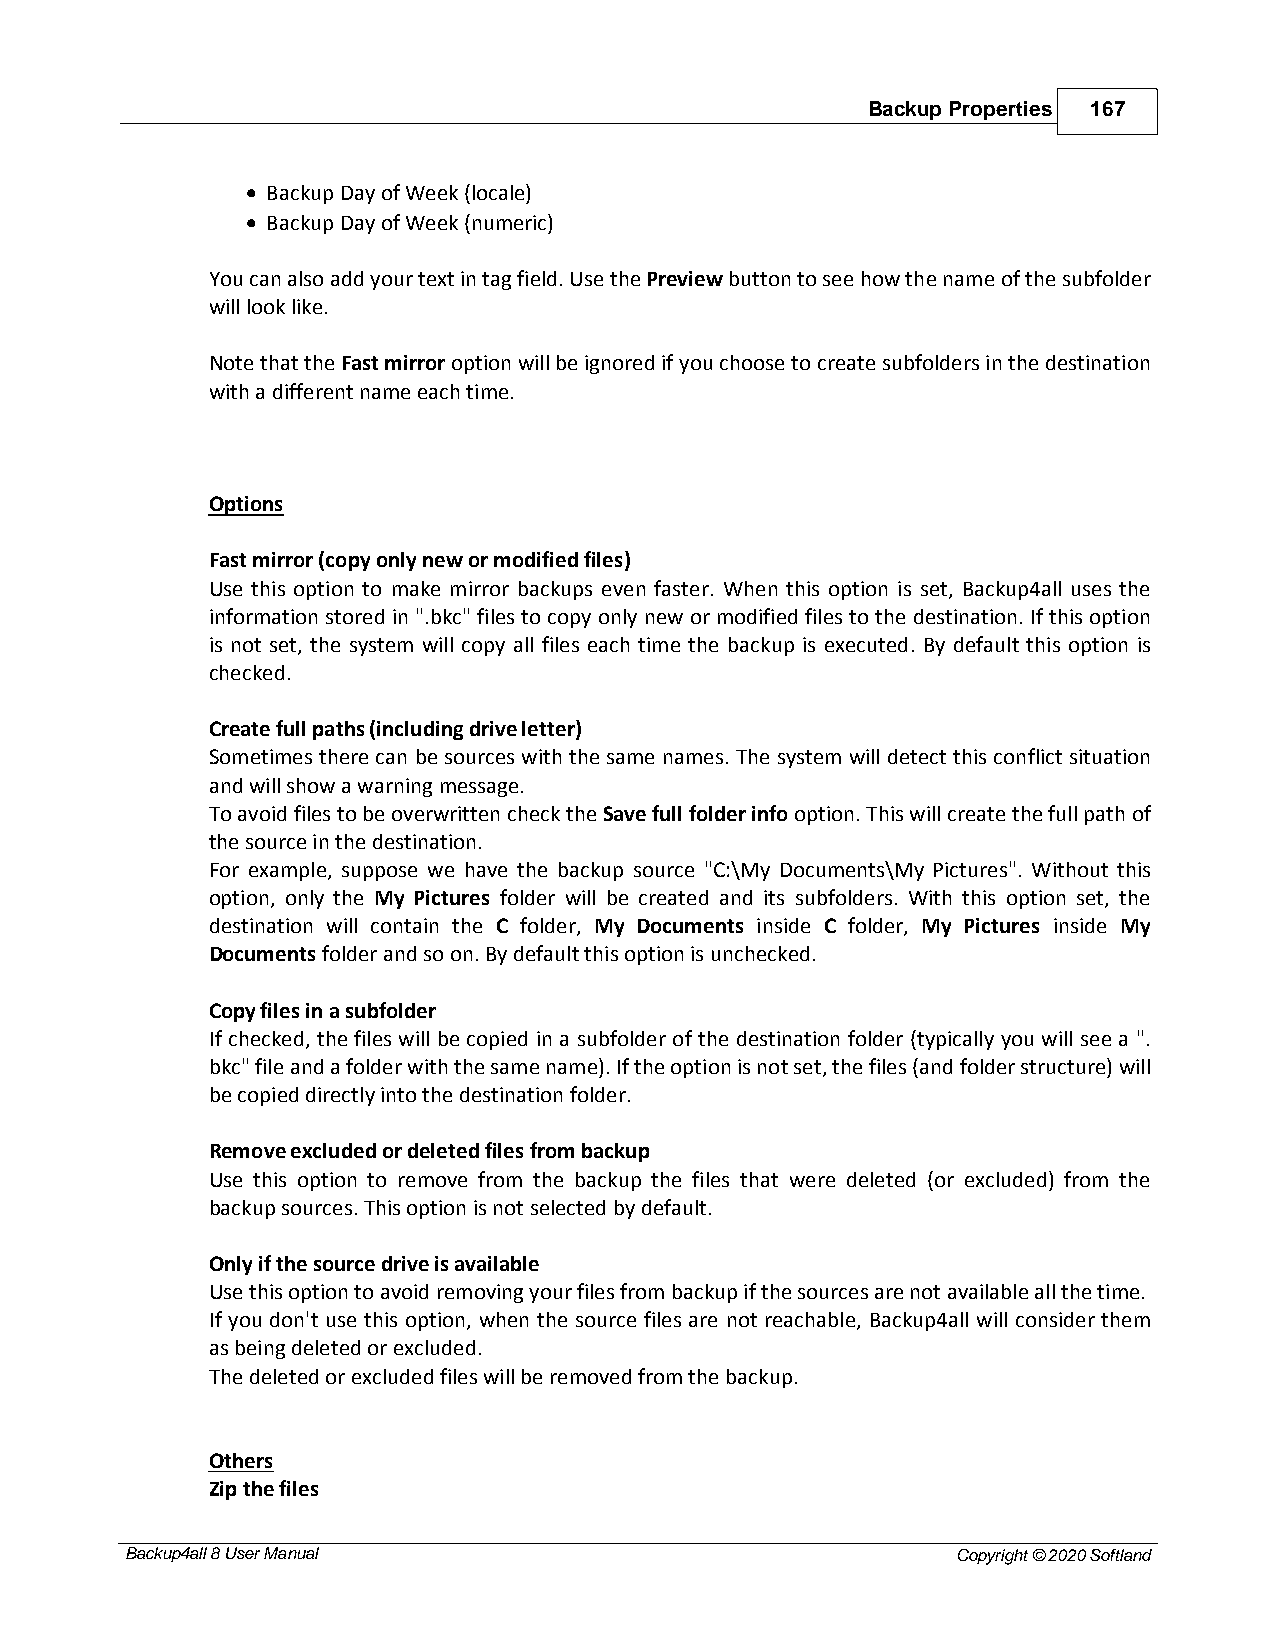
Backup Properties 167
 · Backup Day of Week (locale)
 · Backup Day of Week (numeric)
 You can also add your text in tag field. Use the Preview button to see how the name of the subfolder
 will look like.
 Note that the Fast mirror option will be ignored if you choose to create subfolders in the destination
 with a different name each time.
 Options
 Fast mirror (copy only new or modified files)
 Use this option to make mirror backups even faster. When this option is set, Backup4all uses the
 information stored in ".bkc" files to copy only new or modified files to the destination. If this option
 is not set, the system will copy all files each time the backup is executed. By default this option is
 checked.
 Create full paths (including drive letter)
 Sometimes there can be sources with the same names. The system will detect this conflict situation
 and will show a warning message.
 To avoid files to be overwritten check the Save full folder info option. This will create the full path of
 the source in the destination.
 For example, suppose we have the backup source "C:\My Documents\My Pictures". Without this
 option, only the My Pictures folder will be created and its subfolders. With this option set, the
 destination will contain the C folder, My Documents inside C folder, My Pictures inside My
 Documents folder and so on. By default this option is unchecked.
 Copy files in a subfolder
 If checked, the files will be copied in a subfolder of the destination folder (typically you will see a ".
 bkc" file and a folder with the same name). If the option is not set, the files (and folder structure) will
 be copied directly into the destination folder.
 Remove excluded or deleted files from backup
 Use this option to remove from the backup the files that were deleted (or excluded) from the
 backup sources. This option is not selected by default.
 Only if the source drive is available
 Use this option to avoid removing your files from backup if the sources are not available all the time.
 If you don't use this option, when the source files are not reachable, Backup4all will consider them
 as being deleted or excluded.
 The deleted or excluded files will be removed from the backup.
 Others
 Zip the files
 Backup4all 8 User Manual                               Copyright © 2020 Softland